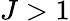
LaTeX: J>1